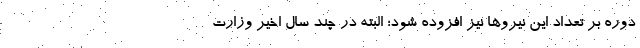
دوره بر تعداد این نیروها نیز افزوده شود؛ البته در چند سال اخیر وزارت